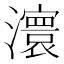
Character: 𤃆